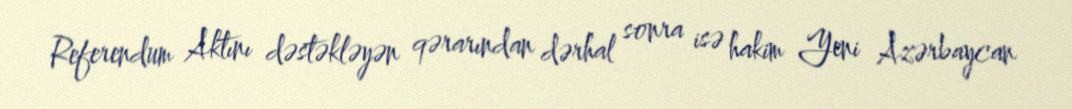
Referendum Aktını dəstəkləyən qərarından dərhal sonra isə hakim Yeni Azərbaycan